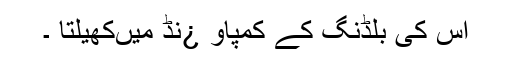
اس کی بلڈنگ کے کمپاو ¿نڈ میںکھیلتا ۔